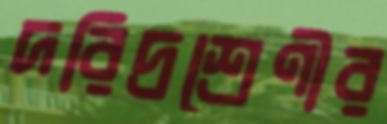
দরিদ্রশ্রেণীর